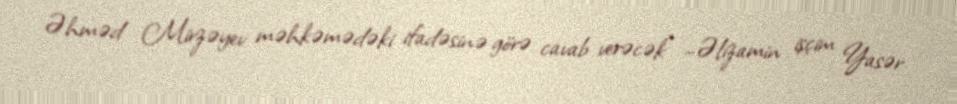
Əhməd Mirzəyev məhkəmədəki ifadəsinə görə cavab verəcək” –Əlizamin işçim Yasər